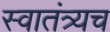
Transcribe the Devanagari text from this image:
स्वातंत्र्यच